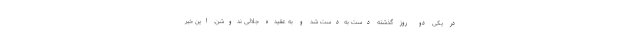
در یکی دو روز گذشته دست به‌دست شد و به عقیده جلالی ندوشن، این خبر